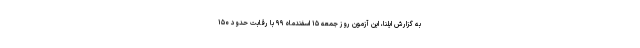
به گزارش ایلنا، این آزمون روز جمعه ۱۵ اسفندماه ۹۹ با رقابت حدود ۱۵۰